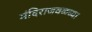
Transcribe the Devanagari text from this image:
मंदिराजवळच्या